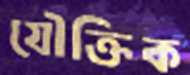
যৌক্তিক